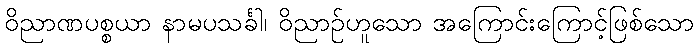
ဝိညာဏပစ္စယာ နာမပသင်္ခါ၊ ဝိညာဉ်ဟူသော အကြောင်းကြောင့်ဖြစ်သော